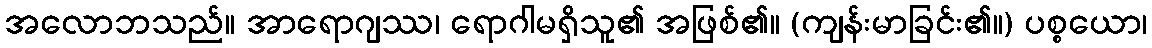
အလောဘသည်။ အာရောဂျဿ၊ ရောဂါမရှိသူ၏ အဖြစ်၏။ (ကျန်းမာခြင်း၏။) ပစ္စယော၊